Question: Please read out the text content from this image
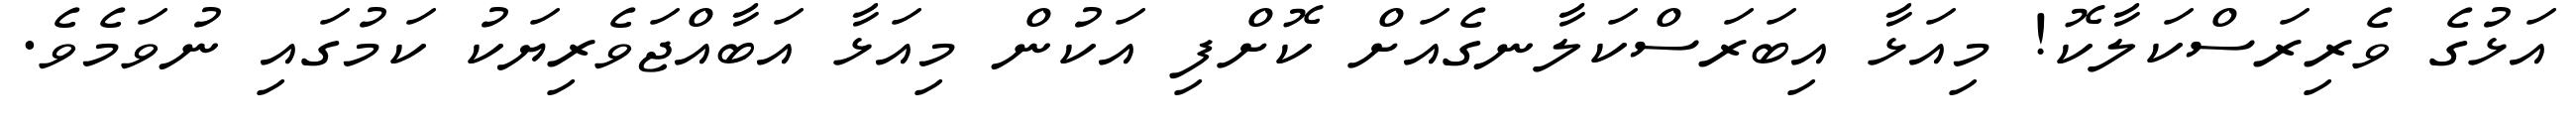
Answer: އަޅުގެ ވެރިރަސްކަލާކޮ! މިއަޅާ އިބަރަސްކަލާނގެއަށް ކޮށްފި އަކުން މިއަޅާ އަބާއްޖަވެރިޔަކު ކަމުގައި ނުވަމެވެ.